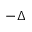
- \Delta